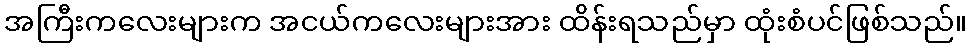
အကြီးကလေးများက အငယ်ကလေးများအား ထိန်းရသည်မှာ ထုံးစံပင်ဖြစ်သည်။